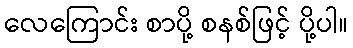
လေကြောင်း စာပို့ စနစ်ဖြင့် ပို့ပါ။